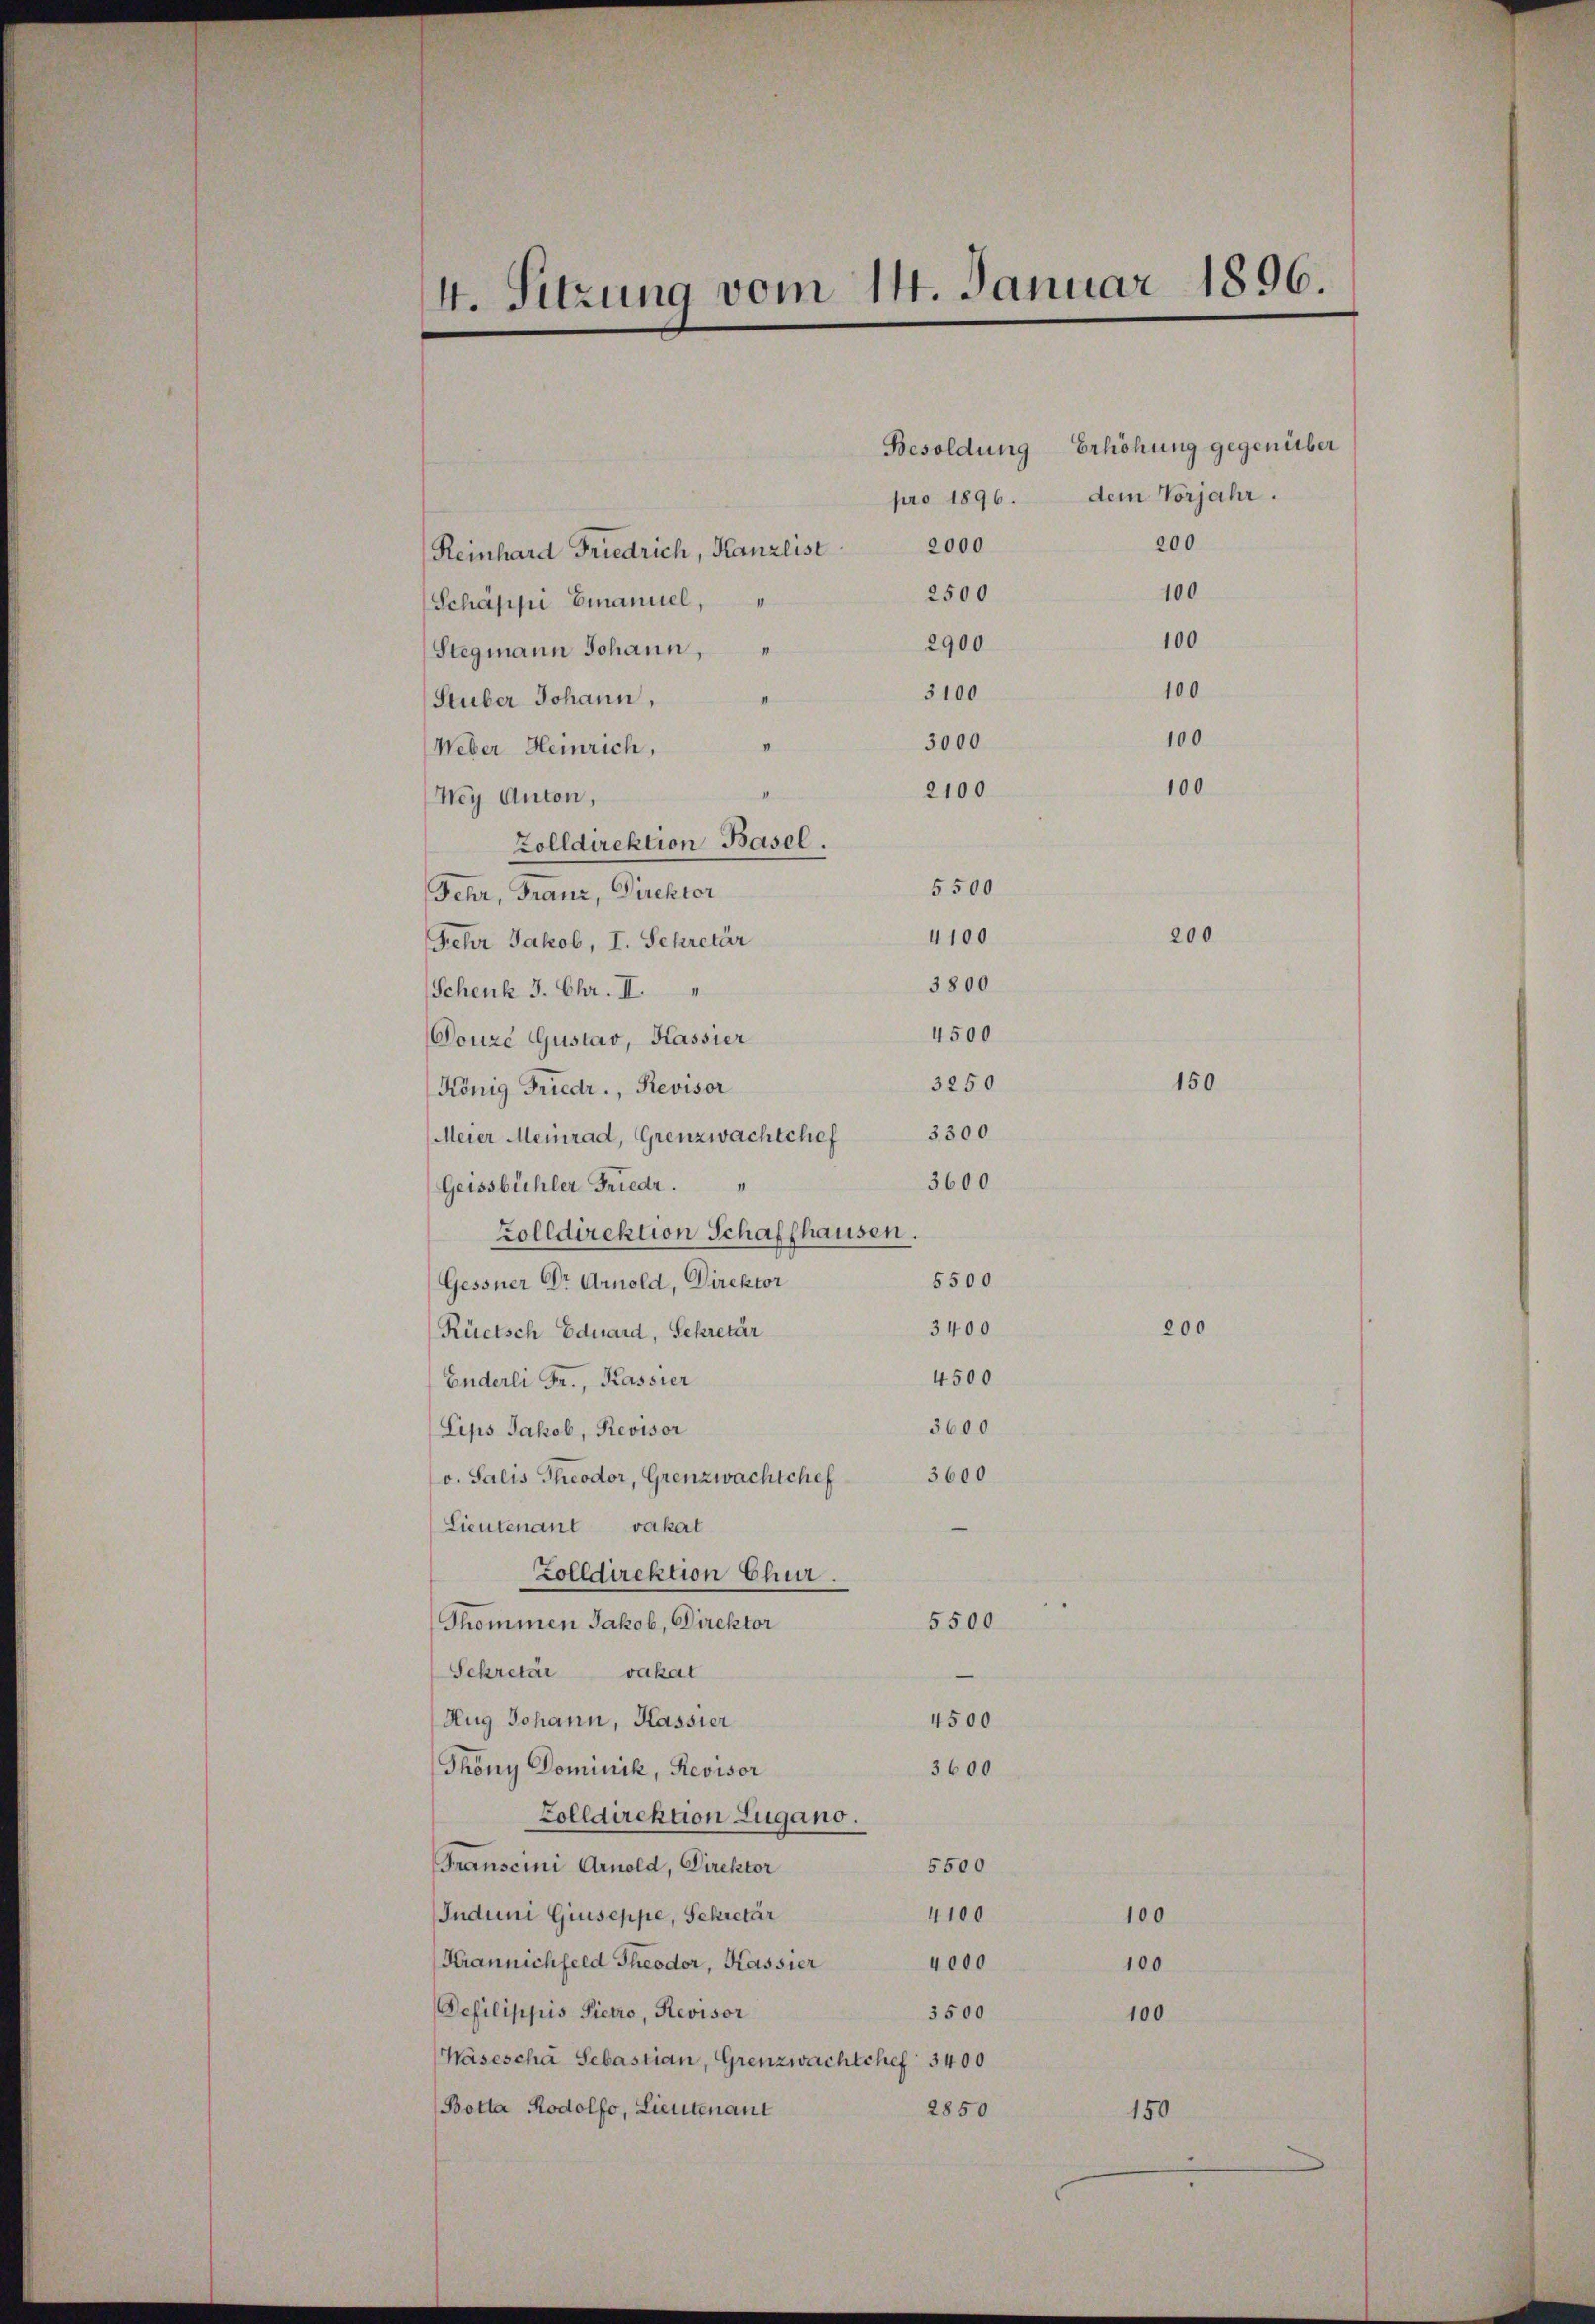
Reinhard Friedrich, Kanzlist
Schäppi Emanuel,
Stegmann Johann,
Stuber Johann,
Weber Heinrich,
I
Wey Anton,
Zolldirektion Basel.
Fehr, Franz, Direktor
Fehr Jakob, I. Sekretär
Schenk 3. Chr. II.
Douze Gustav, Kassier
König Friedr., Revisor
3300
Meier Meinrad, Grenzwachtchef
3600
Geissbühler Friedr.
Zolldirektion Schaffhausen.
5500
Gessner Dr Arnold, Direktor
3400
Rüetsch Eduard, Sekretär
4500
Enderli Fr., Kassier
3600
Lips Jakob, Revisor
3600
v. Salis Theodor, Grenzwachtchef
Lieutenant vakat
Zolldirektion Chur.
5500
Thommen Jakob, Direktor
Sekretär vakat
4500
Aug Johann, Kassier
Thöny Dominik, Revisor
3600
Zolldirektion Zugano.
5500
Transcini Arnold, Direktor
4100
Induni Giuseppe, Sekretär
Krannichfeld Theodor, Kassier
4000
Defilippis Pietro, Revisor
3500
Wäsescha Sebastian, Grenzwachtchef 3400
Botta Rodolfo, Lieutenant
2850

4. Sitzung vom 14. Januar 1896.

200
2000
100
2500
100
2900
100
3100
100
3000
100
2100

5500
4100
3800
4500

3250

Besoldung Erhöhung gegenüber
pro 1896. dem Vorjahr.

1

00
100

100

150

200

150

200